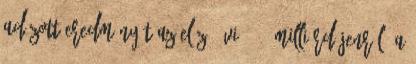
adózott eredményét az előző évi 88,5 milliárd jenről. A